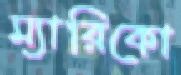
ম্যারিকো